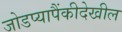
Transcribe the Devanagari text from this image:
जोडप्यापैंकीदेखील